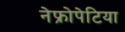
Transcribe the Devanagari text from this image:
नेफ्रोपेटिया